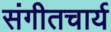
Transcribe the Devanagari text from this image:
संगीतचार्य